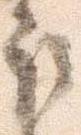
取